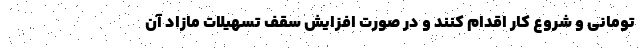
تومانی و شروع کار اقدام کنند و در صورت افزایش سقف تسهیلات مازاد آن